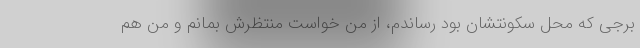
برجی که محل سکونتشان بود رساندم، از من خواست منتظرش بمانم و من هم